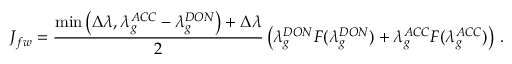
J _ { f w } = \frac { \operatorname* { m i n } \left( \Delta \lambda , \lambda _ { g } ^ { A C C } - \lambda _ { g } ^ { D O N } \right) + \Delta \lambda } { 2 } \left( \lambda _ { g } ^ { D O N } F ( \lambda _ { g } ^ { D O N } ) + \lambda _ { g } ^ { A C C } F ( \lambda _ { g } ^ { A C C } ) \right) \, .